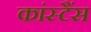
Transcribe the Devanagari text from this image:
कांस्टैंस